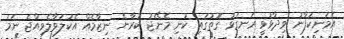
އެމަނިކުފާނު ވިދާޅުވީ ރަނގަޅު ގޮތުގައި ކުނި މެނޭޖު ކުރާނެ ނިޒާމެއް އެކުލަވާލެވިއްޖެ ނަމަ